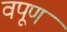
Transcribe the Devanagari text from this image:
वपूण